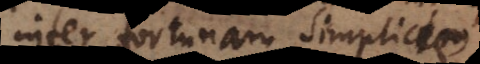
inter fortunam simplicem